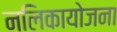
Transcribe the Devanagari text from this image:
नलिकायोजना